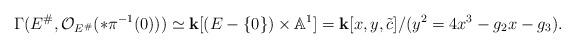
LaTeX: \begin{align*}\Gamma(E^\#,\mathcal O_{E^\#}(*\pi^{-1}(0)))\simeq \mathbf k[(E-\{0\})\times\mathbb A^1]=\mathbf k[x,y,\tilde c]/(y^2=4x^3-g_2x-g_3). \end{align*}